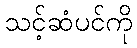
သင့်ဆံပင်ကို